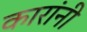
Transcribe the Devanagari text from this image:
कारांनी